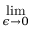
\operatorname* { l i m } _ { \epsilon \to 0 }